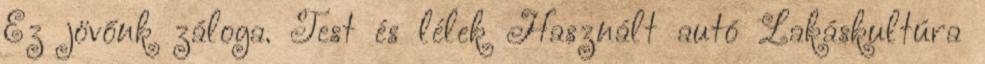
Ez jövőnk záloga. Test és lélek Használt autó Lakáskultúra